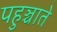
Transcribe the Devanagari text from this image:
पहुञ्चाते